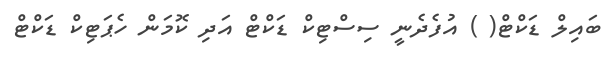
ބައިލް ޑަކްޓް( ) އުފެދެނީ ސިސްޓިކް ޑަކްޓް އަދި ކޮމަން ހެޕަޓިކް ޑަކްޓް